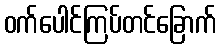
ဝက်ပေါင်ကြပ်တင်ခြောက်